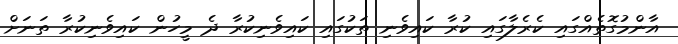
އާންމުގޮތެއްގައި ކެރެލާގައި ކުރާ ކައިވެނި ތަކުގައި ކައިވެނިކުރާ ދެ މީހުން ކައިވެނިކުރާ ތަނަށް